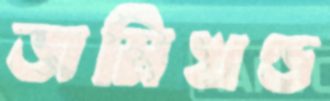
জমিখণ্ড